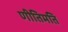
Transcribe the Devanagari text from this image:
णीतिमति